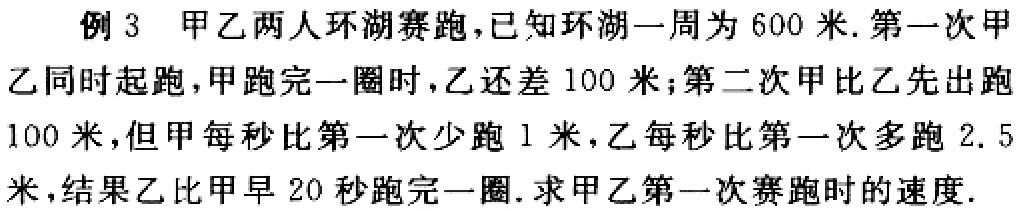
例 3 甲乙两人环湖赛跑，已知环湖一周为 600 米. 第一次甲乙同时起跑，甲跑完一圈时，乙还差 100 米；第二次甲比乙先出跑100 米，但甲每秒比第一次少跑 1 米，乙每秒比第一次多跑 2.5米，结果乙比甲早 20 秒跑完一圈. 求甲乙第一次赛跑时的速度.